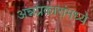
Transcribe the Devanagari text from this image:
अन्नप्रकारांमध्ये